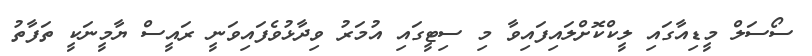
ސޯސަލް މީޑިއާގައި ލީކްކޮށްލައިފައިވާ މި ސިޓީގައި އުމަރު ވިދާޅުވެފައިވަނީ ރައީސް ޔާމީނަކީ ތަފާތު